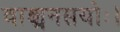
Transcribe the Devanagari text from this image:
वाङ्मनसयोः।